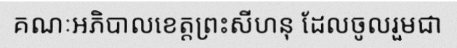
គណៈអភិបាលខេត្តព្រះសីហនុ ដែលចូលរួមជា